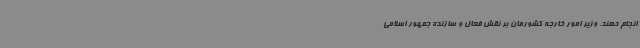
انجام دهند. وزیر امور خارجه کشورمان بر نقش فعال و سازنده جمهور اسلامی